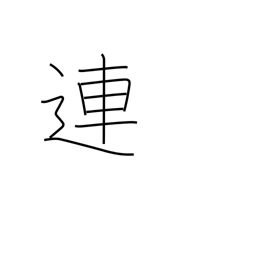
Meaning: connect